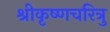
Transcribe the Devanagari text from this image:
श्रीकृष्णचरित्रु